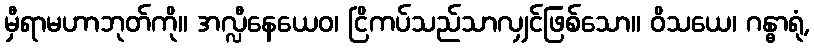
မှီရာမဟာဘုတ်ကို။ အလ္လီနေယေဝ၊ ငြိကပ်သည်သာလျှင်ဖြစ်သော။ ဝိသယေ၊ ဂန္ဓာရုံ,